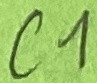
Text: C1